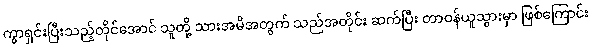
ကွာရှင်းပြီးသည့်တိုင်အောင် သူတို့ သားအမိအတွက် သည်အတိုင်း ဆက်ပြီး တာဝန်ယူသွားမှာ ဖြစ်ကြောင်း